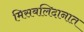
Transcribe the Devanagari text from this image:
मिसबलिदानात